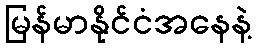
မြန်မာနိုင်ငံအနေနဲ့